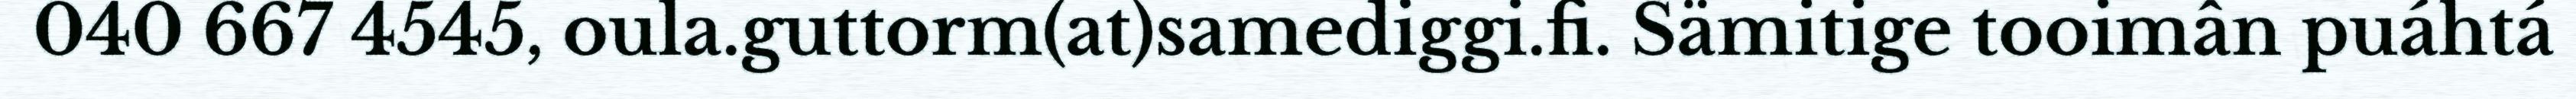
040 667 4545, oula.guttorm(at)samediggi.fi. Sämitige tooimân puáhtá